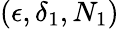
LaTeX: (\epsilon,\delta_{1},N_{1})